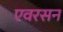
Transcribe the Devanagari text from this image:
एवरसन